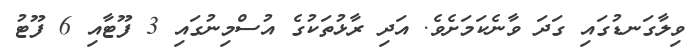
ވިލާގަނޑުގައި ގަދަ ވާނެކަމަށެވެ. އަދި ރާޅުތަކުގެ އުސްމިނުގައި 3 ފޫޓާއި 6 ފޫޓު